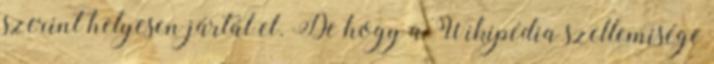
szerint helyesen jártál el. De hogy a Wikipédia szellemisége